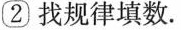
② 找规律填数.